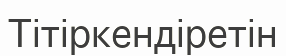
Тітіркендіретін